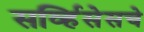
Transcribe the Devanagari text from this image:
सर्व्हिसेसचे